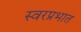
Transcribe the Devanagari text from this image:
स्वरप्रभात